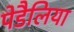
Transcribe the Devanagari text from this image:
पेडैलिया